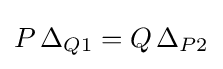
P\,\Delta _{Q1}=Q\,\Delta _{P2}